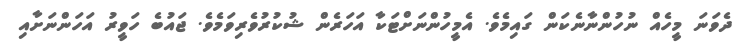
ދެވަނަ މީހެއް ނުހުންނާނެކަން ގައިމެވެ. އެމީހުންނަށްޓަކާ އަހަރެން ޝުކުރުވެރިވަމެވެ. ޖައުބެ ހަވީރު އަހަންނަށާއި